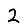
Digit: 2